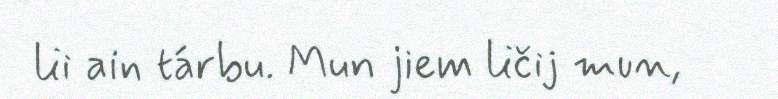
lii ain tárbu. Mun jiem ličij mun,